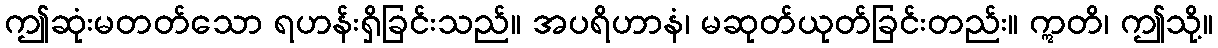
ဤဆုံးမတတ်သော ရဟန်းရှိခြင်းသည်။ အပရိဟာနံ၊ မဆုတ်ယုတ်ခြင်းတည်း။ ဣတိ၊ ဤသို့။